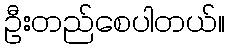
ဦးတည်စေပါတယ်။